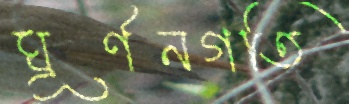
ঘূর্ণনগতি